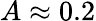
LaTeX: A\approx 0.2